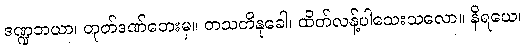
ဒဏ္ဍဘယာ၊ တုတ်ဒဏ်ဘေးမှ။ တသတိနုခေါ၊ ထိတ်လန့်ပါသေးသလော။ နိရယေ၊